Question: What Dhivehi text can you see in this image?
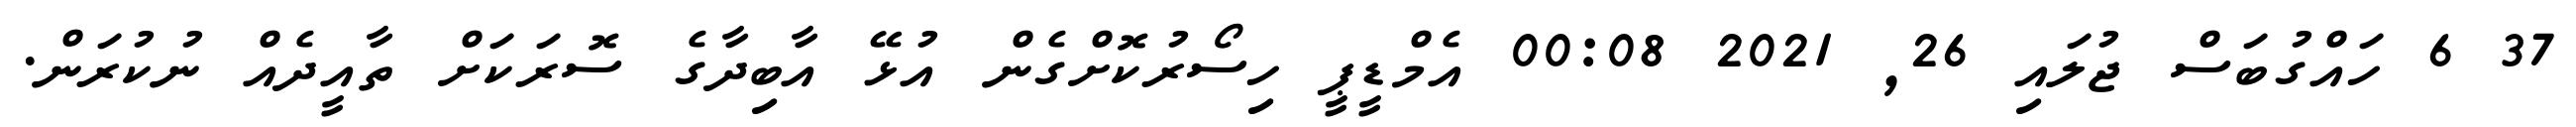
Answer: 37 6 ހައްގުބަސް ޖުލައި 26, 2021 00:08 އެމްޑީޕީ ހިސޯރުކޮށްގެން އުޅޭ އާބިދާގެ ސޮރަކަށް ތާއީދެއް ނުކުރަން.